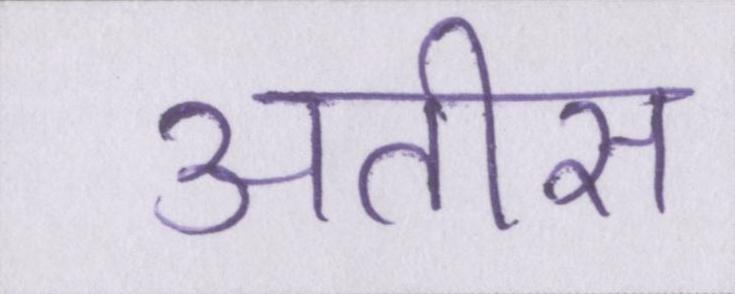
अतीस